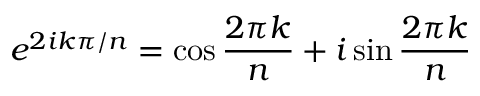
e ^ { 2 i k \pi / n } = \cos { \frac { 2 \pi k } { n } } + i \sin { \frac { 2 \pi k } { n } }